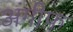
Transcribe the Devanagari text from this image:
अंगीफ़